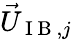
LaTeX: \vec{U}_{\mathrm{~I~B~},j}